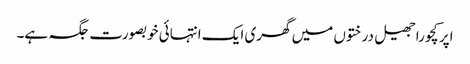
اپر کچورا جھیل درختوں میں گھری ایک انتہائی خوبصورت جگہ ہے۔